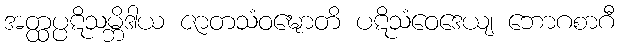
အတ္ထပ္ပဋိသမ္ဘိဒါယ ဇာတသံဝဍ္ဎောတိ ပဋိသံဝေဒေယျ ဘောဂစာဂီ